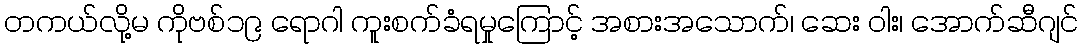
တကယ်လို့မ ကိုဗစ်၁၉ ရောဂါ ကူးစက်ခံရမှုကြောင့် အစားအသောက်၊ ဆေး ဝါး၊ အောက်ဆီဂျင်